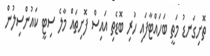
ތޮށިގަނޑު މަތީ ބަހައްޓާފައި ހުރި ބޮޑެތި އައިސް ފޮށިތައް މާލެ ސިޓީ ކައުންސިލުން